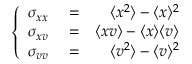
\left\{ \begin{array} { r l r } { \sigma _ { x x } } & { { } = } & { \langle x ^ { 2 } \rangle - \langle x \rangle ^ { 2 } } \\ { \sigma _ { x v } } & { { } = } & { \langle x v \rangle - \langle x \rangle \langle v \rangle } \\ { \sigma _ { v v } } & { { } = } & { \langle v ^ { 2 } \rangle - \langle v \rangle ^ { 2 } } \end{array} \right.